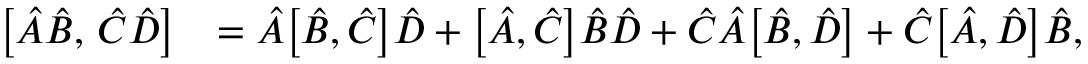
\begin{array} { r l } { \bigl [ \hat { A } \hat { B } , \, \hat { C } \hat { D } \bigr ] } & { = \hat { A } \bigl [ \hat { B } , \hat { C } \bigr ] \hat { D } + \bigl [ \hat { A } , \hat { C } \bigr ] \hat { B } \hat { D } + \hat { C } \hat { A } \bigl [ \hat { B } , \hat { D } \bigr ] + \hat { C } \bigl [ \hat { A } , \hat { D } \bigr ] \hat { B } , } \end{array}